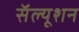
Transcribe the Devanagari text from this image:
सॅल्यूशन